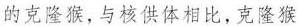
的克隆猴，与核供体相比，克隆猴